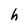
Character: h